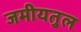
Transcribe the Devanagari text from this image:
जमीयतुल